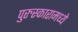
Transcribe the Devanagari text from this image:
पुरुस्कारामध्ये